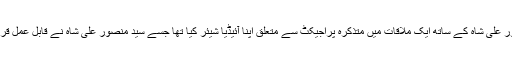
فاضل جسٹس نے کہا کہ چیف جسٹس لاہور ہائی کورٹ سید منصور علی شاہ کے ساتھ ایک ملاقات میں متذکرہ پراجیکٹ سے متعلق اپنا آئیڈیا شیئر کیا تھا جسے سید منصور علی شاہ نے قابل عمل قرار دیا اور اس کی تشکیل کے ہر مرحلہ سے متعلق مجھے آگاہ کیا۔